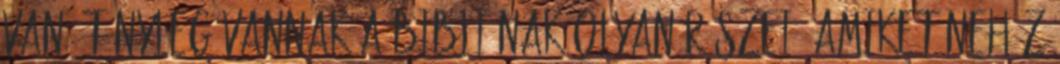
van: tényleg vannak a Bibliának olyan részei, amiket nehéz